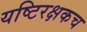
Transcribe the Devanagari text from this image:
यष्टिरक्षकच